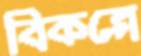
বিকল্পে